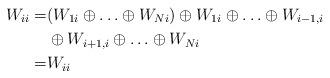
LaTeX: \begin{align*}W_{ii}=&(W_{1i} \oplus \ldots \oplus W_{Ni}) \oplus W_{1i} \oplus \ldots \oplus W_{i-1,i} \\&\oplus W_{i+1,i} \oplus \ldots \oplus W_{Ni} \\=&W_{ii} \end{align*}